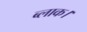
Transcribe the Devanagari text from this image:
ब्‍लाक।